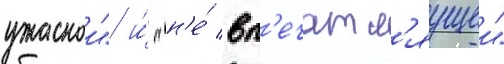
ужаснои" и́ "н'е́ вп'ечатл'яущеи"